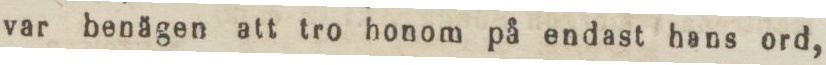
var benägen att tro honom på endast hans ord,